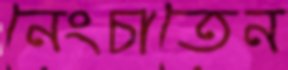
নেংচাতেন